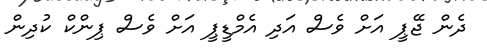
ދެން ޖޭޕީ އަށް ވެސް އަދި އެމްޑީޕީ އަށް ވެސް ޕިންކް ކުދިން